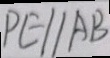
P E / / A B